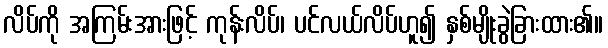
လိပ်ကို အကြမ်းအားဖြင့် ကုန်းလိပ်၊ ပင်လယ်လိပ်ဟူ၍ နှစ်မျိုးခွဲခြားထား၏။